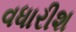
વધારીશ